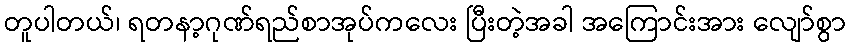
တူပါတယ်၊ ရတနာ့ဂုဏ်ရည်စာအုပ်ကလေး ပြီးတဲ့အခါ အကြောင်းအား လျော်စွာ